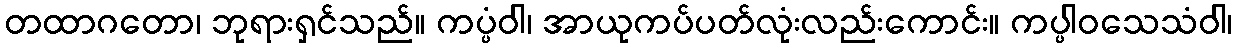
တထာဂတော၊ ဘုရားရှင်သည်။ ကပ္ပံဝါ၊ အာယုကပ်ပတ်လုံးလည်းကောင်း။ ကပ္ပါဝသေသံဝါ၊